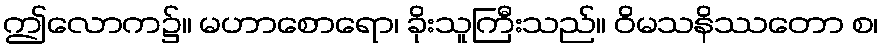
ဤလောက၌။ မဟာစောရော၊ ခိုးသူကြီးသည်။ ဝိမသနိဿတော စ၊